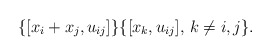
\begin{gather*} \{[x_i+x_j, u_{ij}] \} \{ [x_k,u_{ij}],\, k \not= i,j \}.\end{gather*}